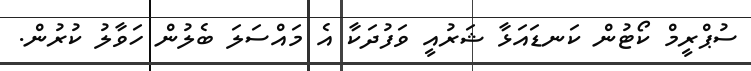
ސުޕްރީމް ކޯޓުން ކަނޑައަޅާ ޝަރުއީ ވަފުދަކާ އެ މައްސަލަ ބެލުން ހަވާލު ކުރުން.